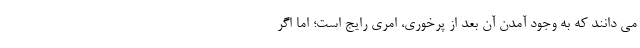
می دانند که به وجود آمدن آن بعد از پرخوری، امری رایج است؛ اما اگر